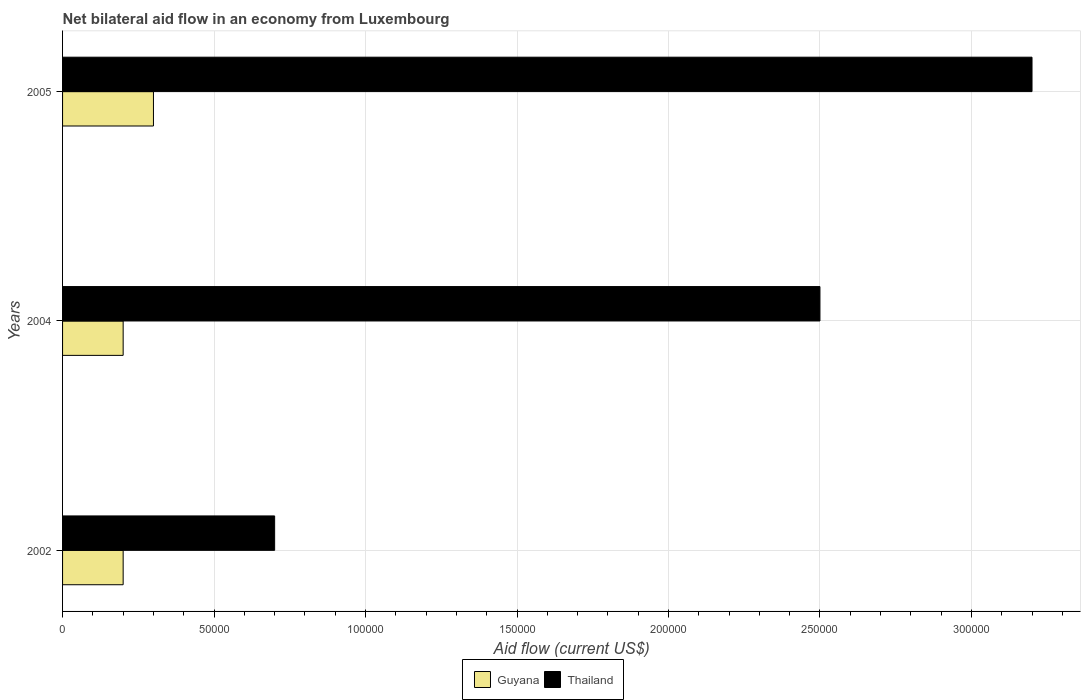
| Years | Guyana | Thailand |
 | --- | --- | --- |
 | 2002 | 2e+04 | 7e+04 |
 | 2004 | 2e+04 | 2.5e+05 |
 | 2005 | 3e+04 | 3.2e+05 |